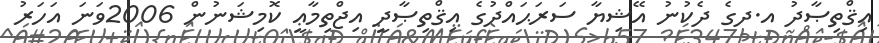
އިޤްތިޞާދު އ.ދގެ ދެކުނު އޭޝިޔާ ސަރަޙައްދުގެ އިޤްތިޞާދީ އިޖްތިމާޢީ ކޮމިޝަނުން 2006ވަނަ އަހަރު